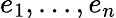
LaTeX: e_{1},...,e_{n}